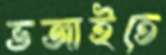
ভজাইতে